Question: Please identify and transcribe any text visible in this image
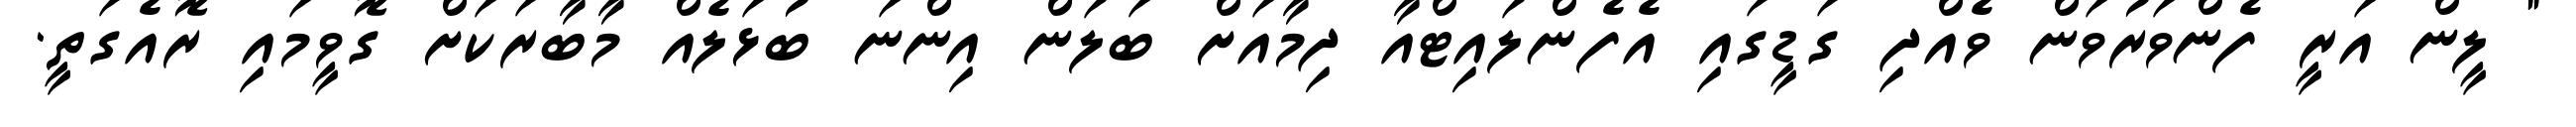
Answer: " ލީން އަރީ ފެންވަރުވަން ވެއްދި ގަޑީގައި އެފެންލައިޓްއާ ދިމާއަށް ބަލަން އިންނަ ބުޅަލެއް މާބާރަކަށް ގޮވީމައި ރޮއެގަތީ.